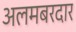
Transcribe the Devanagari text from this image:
अलमबरदार